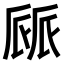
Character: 𠃄